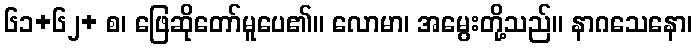
၆၁+၆၂+ စ၊ ဖြေဆိုတော်မူပေ၏။ လောမာ၊ အမွေးတို့သည်။ နာဂသေနော၊